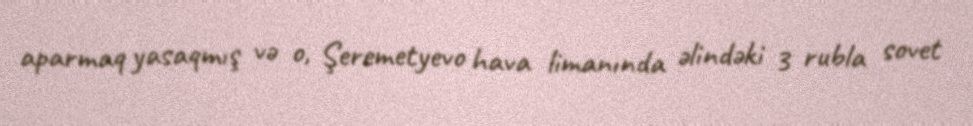
aparmaq yasaqmış və o, Şeremetyevo hava limanında əlindəki 3 rubla sovet